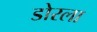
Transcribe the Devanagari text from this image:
डोरला